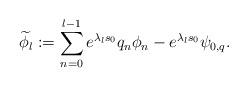
LaTeX: \begin{align*} \widetilde\phi_{l}:=\sum_{n=0}^{l-1}e^{\lambda_{l}s_{0}}q_{n}\phi_{n}-e^{\lambda_{l}s_{0}}\psi_{0,q}.\end{align*}